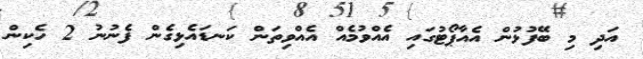
އަދި މި ބޭފުޅުން އެއާޕޯޓުގައި އެއްވުމެއް އެއްވިތަން ކަނޑައެޅިގެން ފެނުނު 2 ހެކިން